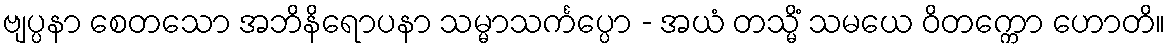
ဗျပ္ပနာ စေတသော အဘိနိရောပနာ သမ္မာသင်္ကပ္ပော - အယံ တသ္မိံ သမယေ ဝိတက္ကော ဟောတိ။